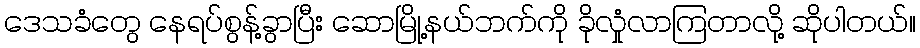
ဒေသခံတွေ နေရပ်စွန့်ခွာပြီး ဆောမြို့နယ်ဘက်ကို ခိုလှုံလာကြတာလို့ ဆိုပါတယ်။